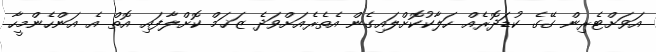
އަވަށްޓެރިން ގޭގެ ކުޑަދޮރެއް ހަލާކުކޮށްލައިގެން އެތެރެއަށްވަދެ ޒަޚަމް ކޮށްލާފައި އޮތް އެ އަންހެންމީހާ